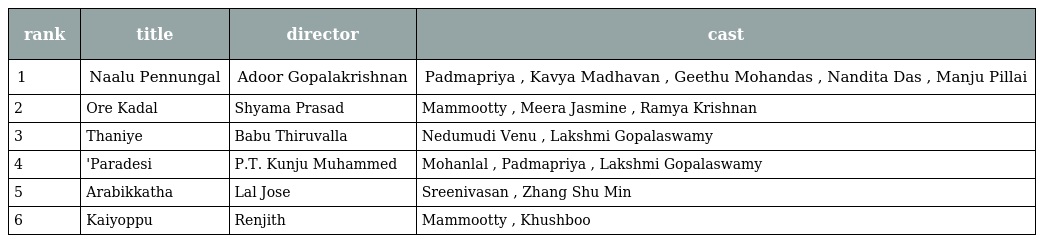
| rank | title | director | cast |
 | --- | --- | --- | --- |
 | 1 | Naalu Pennungal | Adoor Gopalakrishnan | Padmapriya , Kavya Madhavan , Geethu Mohandas , Nandita Das , Manju Pillai |
 | 2 | Ore Kadal | Shyama Prasad | Mammootty , Meera Jasmine , Ramya Krishnan |
 | 3 | Thaniye | Babu Thiruvalla | Nedumudi Venu , Lakshmi Gopalaswamy |
 | 4 | 'Paradesi | P.T. Kunju Muhammed | Mohanlal , Padmapriya , Lakshmi Gopalaswamy |
 | 5 | Arabikkatha | Lal Jose | Sreenivasan , Zhang Shu Min |
 | 6 | Kaiyoppu | Renjith | Mammootty , Khushboo |